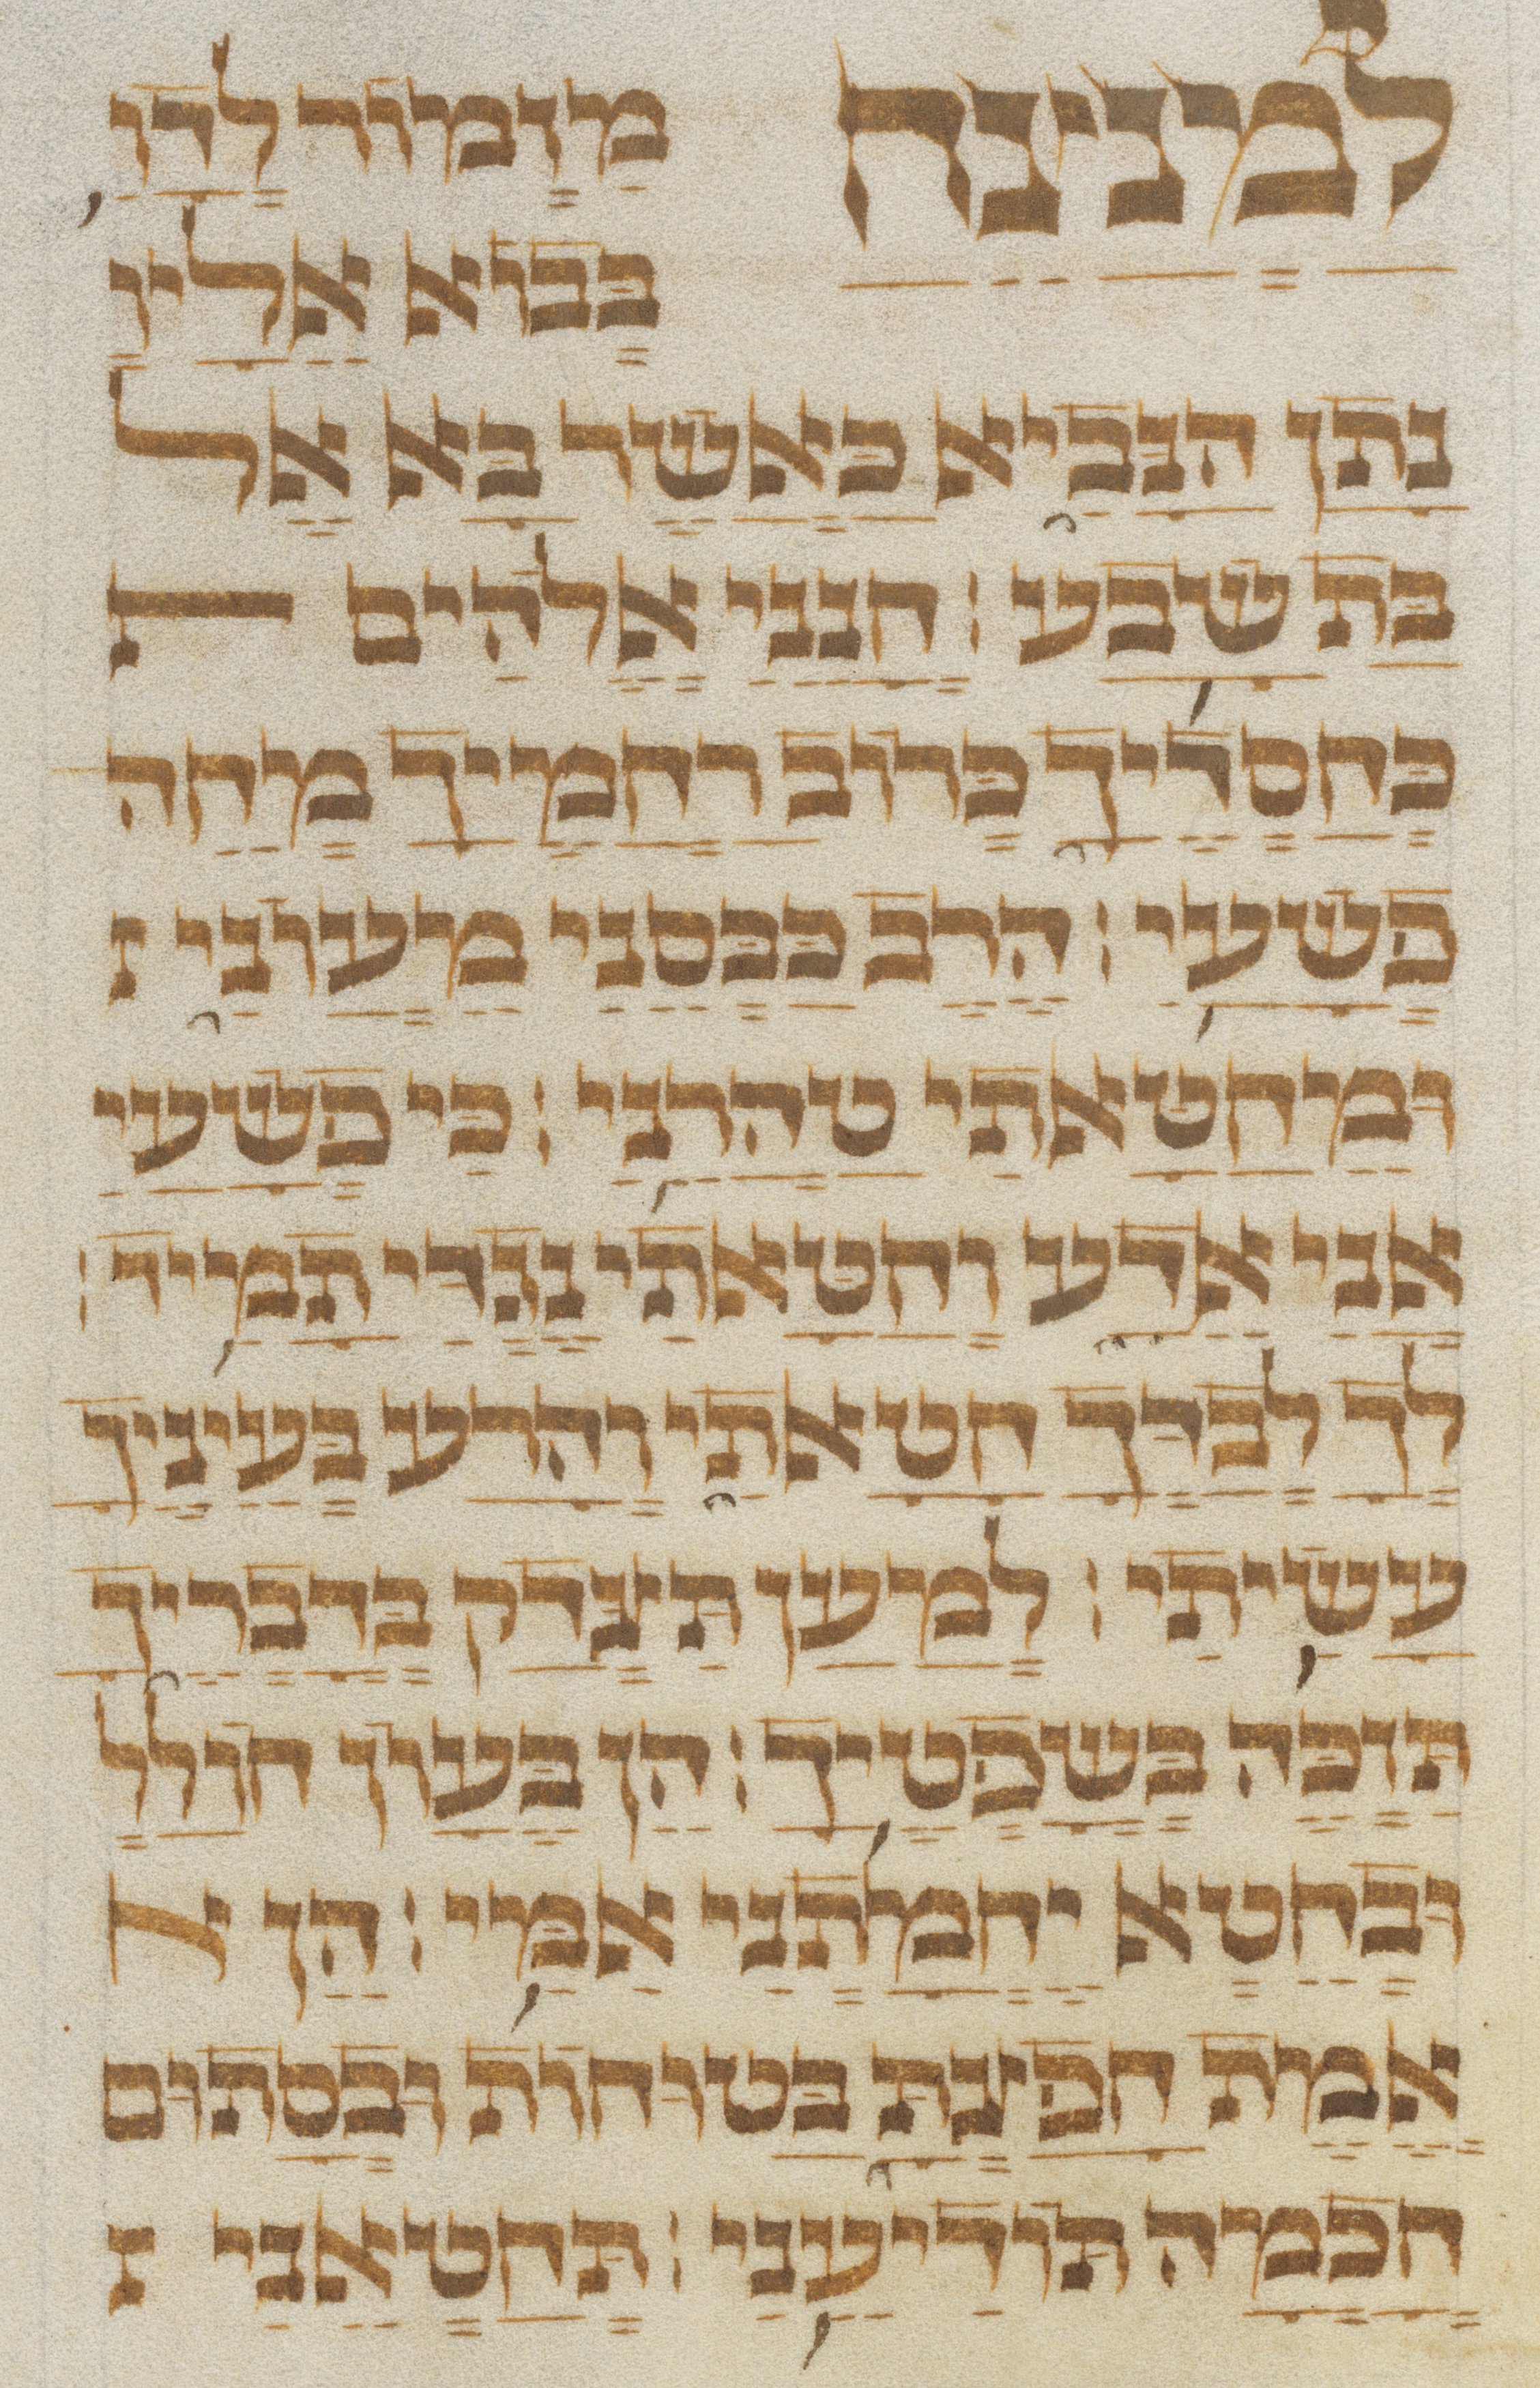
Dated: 1300–1499